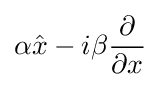
\alpha {\hat {x}}-i\beta {\frac {\partial }{\partial x}}